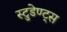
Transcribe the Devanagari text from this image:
स्टुडेण्ट्स